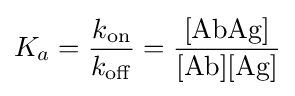
K_{a}={\frac {k_{{\ce {on}}}}{k_{{\ce {off}}}}}={\frac {{\ce {[AbAg]}}}{{\ce {[Ab][Ag]}}}}